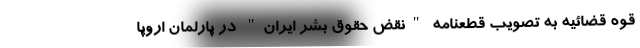
قوه قضائیه به تصویب قطعنامه "نقض حقوق بشر ایران" در پارلمان اروپا